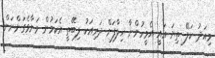
މިއަދު ކަލޭ ތިޔަ އައީ އެމީހުންނާ ޚިލާފަށް ދަރިއަކު ލިބޭތީ އެކަމުން މަނާވެގަންނަން!